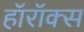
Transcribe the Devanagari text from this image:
हॉरॉक्स